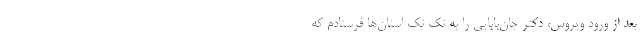
بعد از ورود ویروس، دکتر جان‌بابایی را به تک تک استان‌ها فرستادم که